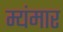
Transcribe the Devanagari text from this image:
म्यंमार